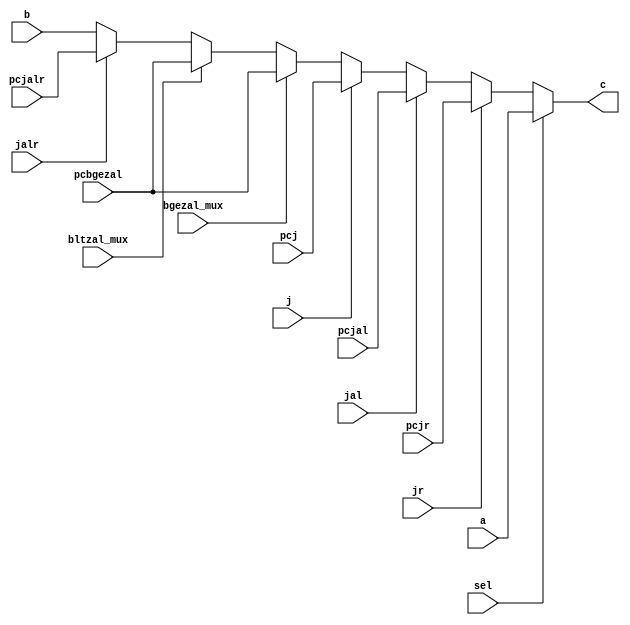
`timescale 1ns / 1ps
//////////////////////////////////////////////////////////////////////////////////
// Company: 
// Engineer: 
// 
// Design Name: 
// Module Name:    mux32_1_2 
// Project Name: 
// Target Devices: 
// Tool versions: 
// Description: 
//
// Dependencies: 
//
// Revision: 
// Revision 0.01 - File Created
// Additional Comments: 
//
//////////////////////////////////////////////////////////////////////////////////
module mux32_1_2(
	 input [31:0] a,
    input [31:0] b,
	 input [31:0] pcjr,
	 input [31:0] pcjal,
	 input [31:0] pcj,
	 input [31:0] pcbgezal,
	 input [31:0] pcjalr,
	 input j,
    input sel,
	 input jr,
	 input jal,
	 input jalr,
	 input bgezal_mux,
	 input bltzal_mux,
    output [31:0] c
    );
	 assign c = (sel)? a:(jr)? pcjr:(jal)? pcjal:(j)? pcj:(bgezal_mux)? pcbgezal:(bltzal_mux)? pcbgezal:(jalr)? pcjalr:b;

endmodule